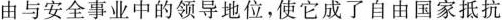
由与安全事业中的领导地位，使它成了自由国家抵抗